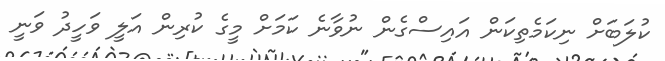
ކުލަބަށް ނިކަމެތިކަން އައިސްގެން ނުވާނެ ކަމަށް މީގެ ކުރިން އަލީ ވަހީދު ވަނީ